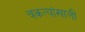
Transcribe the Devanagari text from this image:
चकत्यांखाली